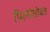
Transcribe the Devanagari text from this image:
पिलांसोबत